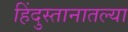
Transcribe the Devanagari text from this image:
हिंदुस्तानातल्या